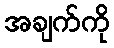
အချက်ကို